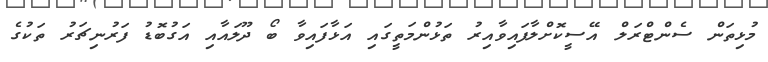
މުޅިތަން ސެންޓްރަލް އޭސީކޮށްލާފައިވާއިރު ތަޅުންމަތީގައި އަޅާފައިވާ ބޯ ދޫލައާއި އަގުބޮޑު ފަރުނިޗަރު ތަކުގެ